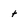
Character: t